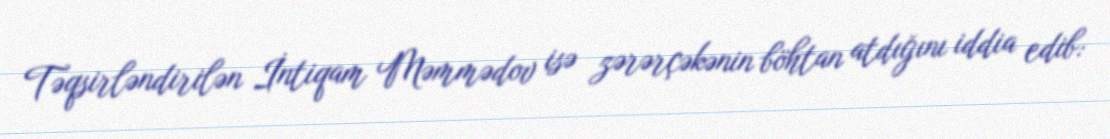
Təqsirləndirilən İntiqam Məmmədov isə zərərçəkənin böhtan atdığını iddia edib: